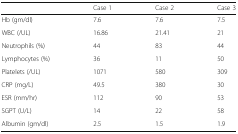
<table><thead><tr><td></td><td><b>Case 1</b></td><td><b>Case 2</b></td><td><b>Case 3</b></td></tr></thead><tbody><tr><td>Hb (gm/dl)</td><td>7.6</td><td>7.6</td><td>7.5</td></tr><tr><td>WBC (/UL)</td><td>16.86</td><td>21.41</td><td>21</td></tr><tr><td>Neutrophils (%)</td><td>44</td><td>83</td><td>44</td></tr><tr><td>Lymphocytes (%)</td><td>36</td><td>11</td><td>50</td></tr><tr><td>Platelets (/UL)</td><td>1071</td><td>580</td><td>309</td></tr><tr><td>CRP (mg/L)</td><td>49.5</td><td>380</td><td>30</td></tr><tr><td>ESR (mm/hr)</td><td>112</td><td>90</td><td>53</td></tr><tr><td>SGPT (U/L)</td><td>14</td><td>22</td><td>58</td></tr><tr><td>Albumin (gm/dl)</td><td>2.5</td><td>1.5</td><td>1.9</td></tr></tbody></table>